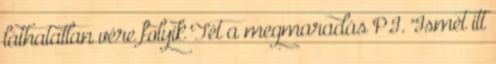
láthatatlan vére folyik Tét a megmaradás P.I. "Ismét itt